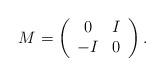
LaTeX: \begin{align*}M=\left(\begin{array}{cc} 0 & I \cr -I & 0\end{array}\right).\end{align*}